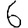
Digit: 6